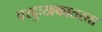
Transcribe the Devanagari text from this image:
परदुःखकातरता